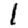
Digit: 1